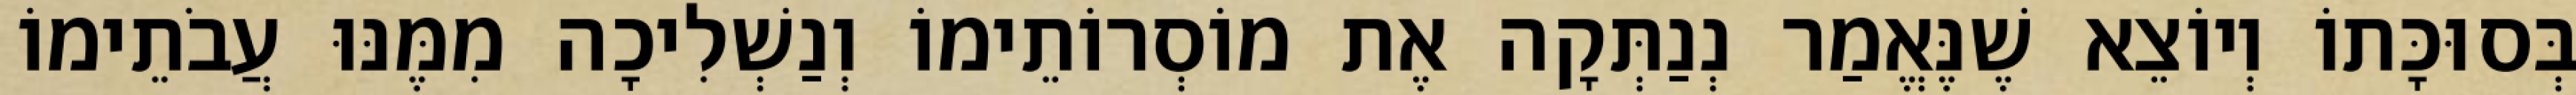
בְּסוּכָּתוֹ וְיוֹצֵא שֶׁנֶּאֱמַר נְנַתְּקָה אֶת מוֹסְרוֹתֵימוֹ וְנַשְׁלִיכָה מִמֶּנּוּ עֲבֹתֵימוֹ